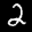
Label: 2